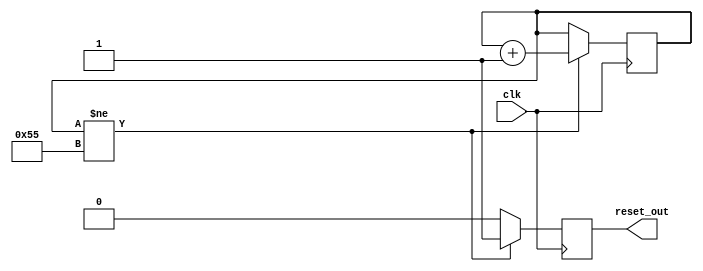
//
// Copyright 2013 Ettus Research LLC
// Copyright 2018 Ettus Research, a National Instruments Company
//
// SPDX-License-Identifier: LGPL-3.0-or-later
//



module por_gen
  (input clk,
   output reset_out);

   reg 		por_rst;
   reg [7:0] 	por_counter = 8'h0;

   always @(posedge clk)
     if (por_counter != 8'h55)
       begin
          por_counter <= por_counter + 8'h1;
          por_rst <= 1'b1;
       end
     else
       por_rst <= 1'b0;

   assign reset_out = por_rst;

endmodule // por_gen